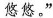
悠悠。”